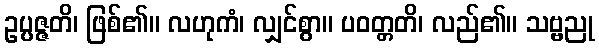
ဥပ္ပဇ္ဇတိ၊ ဖြစ်၏။ လဟုကံ၊ လျှင်စွာ။ ပဝတ္တတိ၊ လည်၏။ သဗ္ဗညု